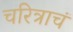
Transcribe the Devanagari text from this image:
चरित्राचं